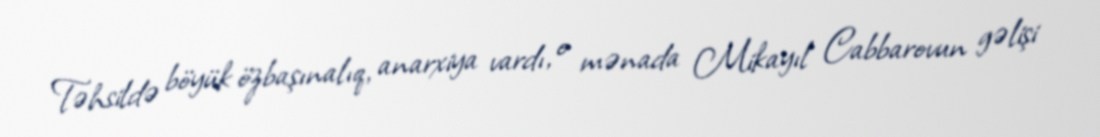
Təhsildə böyük özbaşınalıq, anarxiya vardı, o mənada Mikayıl Cabbarovun gəlişi